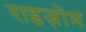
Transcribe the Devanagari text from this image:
राइज़ोम